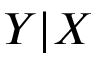
Y | X